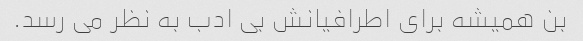
بن همیشه برای اطرافیانش بی ادب به نظر می رسد.